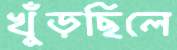
খুঁড়ছিলে